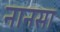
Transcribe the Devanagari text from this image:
नानसा